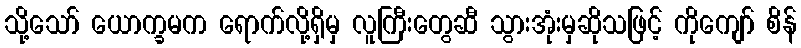
သို့သော် ယောက္ခမက ရောက်လို့ရှိမှ လူကြီးတွေဆီ သွားအုံးမှဆိုသဖြင့် ကိုကျော် စိန်